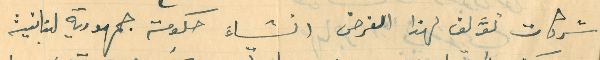
شركات توَّلف لهذا الغرض انشاءَ حكومة جمهورية لبنانية